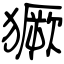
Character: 獗